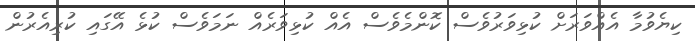
ކިޔެވުމާ އެއްވަރަށް ކުޅިވަރުވެސް ކޮންމެވެސް އެއް ކުޅިވަރެއް ނަމަވެސް ކުޅެ އޭގައި ކުރިއެރުން